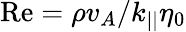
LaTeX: \mathrm{Re}=\rho v_{A}/k_{||}\eta_{0}